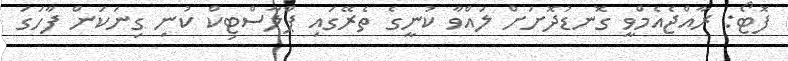
ފޮޓޯ: ރާއްޖެއެމްވީ ގޮނޑުދޮށަށް ލައްވާ ކުނީގެ ތެރޭގައި ޕްލާސްޓިކް ކުނި ގިނަކަން ފާހަގަ